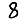
Digit: 8